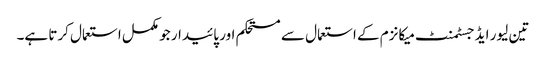
تین لیور ایڈجسٹمنٹ میکانزم کے استعمال سے مستحکم اور پائیدار جو مکمل استعمال کرتا ہے۔